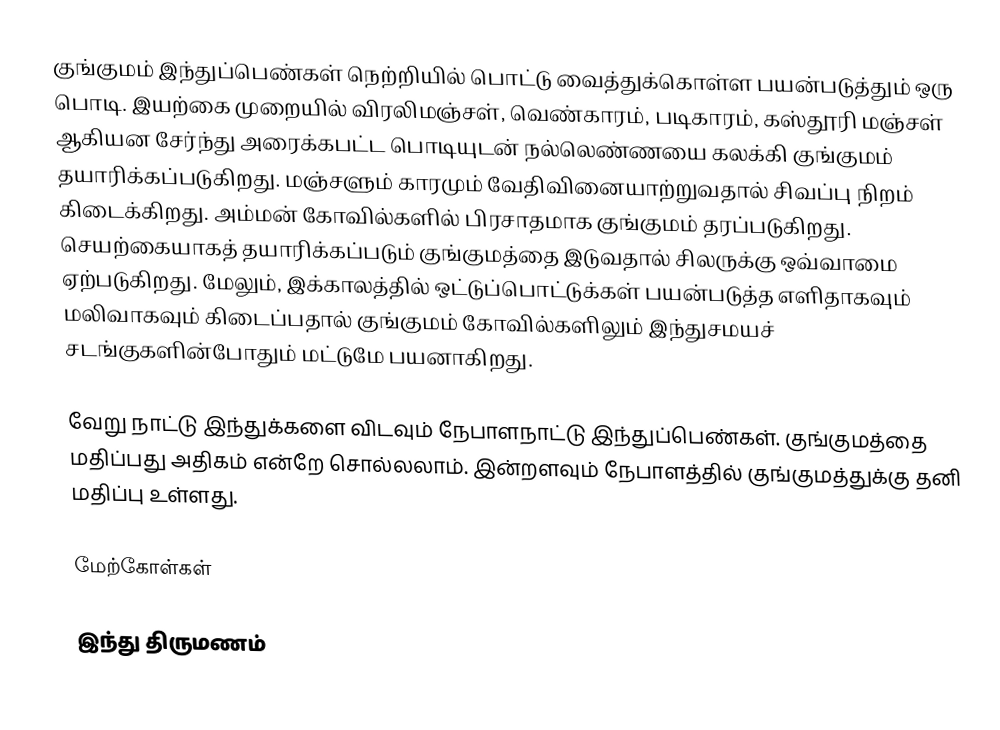
குங்குமம் இந்துப்பெண்கள் நெற்றியில் பொட்டு வைத்துக்கொள்ள பயன்படுத்தும் ஒரு பொடி. இயற்கை முறையில் விரலிமஞ்சள், வெண்காரம், படிகாரம், கஸ்தூரி மஞ்சள் ஆகியன சேர்ந்து அரைக்கபட்ட பொடியுடன் நல்லெண்ணயை கலக்கி குங்குமம் தயாரிக்கப்படுகிறது. மஞ்சளும் காரமும் வேதிவினையாற்றுவதால் சிவப்பு நிறம் கிடைக்கிறது. அம்மன் கோவில்களில் பிரசாதமாக குங்குமம் தரப்படுகிறது. செயற்கையாகத் தயாரிக்கப்படும் குங்குமத்தை இடுவதால் சிலருக்கு ஒவ்வாமை ஏற்படுகிறது. மேலும், இக்காலத்தில் ஒட்டுப்பொட்டுக்கள் பயன்படுத்த எளிதாகவும் மலிவாகவும் கிடைப்பதால் குங்குமம் கோவில்களிலும் இந்துசமயச் சடங்குகளின்போதும் மட்டுமே பயனாகிறது.

வேறு நாட்டு இந்துக்களை விடவும் நேபாளநாட்டு இந்துப்பெண்கள். குங்குமத்தை மதிப்பது அதிகம் என்றே சொல்லலாம். இன்றளவும் நேபாளத்தில் குங்குமத்துக்கு தனி மதிப்பு உள்ளது.

மேற்கோள்கள்

இந்து திருமணம்